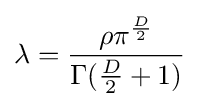
\lambda ={\frac {\rho \pi ^{\frac {D}{2}}}{\Gamma ({\frac {D}{2}}+1)}}